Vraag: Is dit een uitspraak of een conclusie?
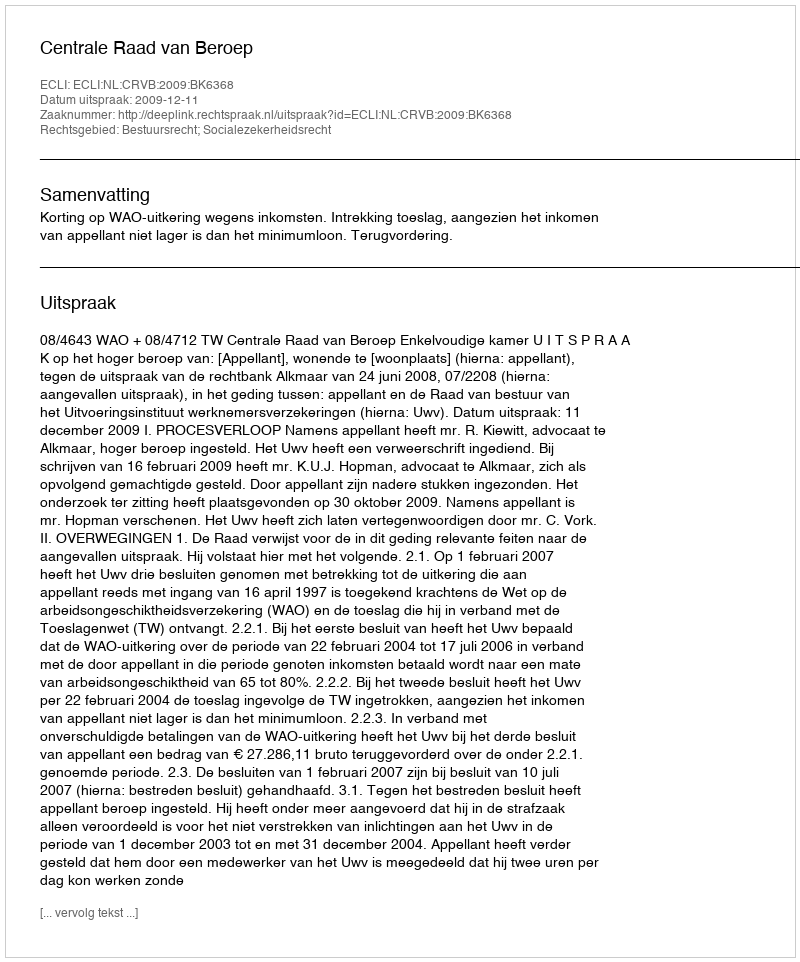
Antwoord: Uitspraak